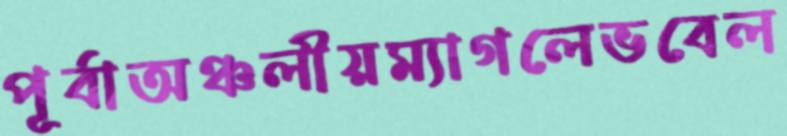
পূর্বাঅঞ্চলীয়ম্যাগলেভবেল